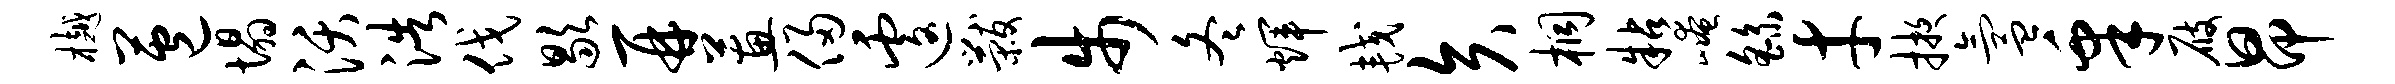
樾苞塌沃浩伐歇再蕙侵遽黻步冬辉较矢桐粘崦繇才掖氲皋屐昂